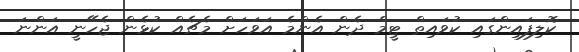
ކޮލިފައިންގައި ކުވައިތް ޓީމް ދެން އެންމެ އަވަހަށް މެޗެއް ކުޅެން ޖެހޭނީ އަންނަ